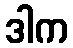
ဒါက